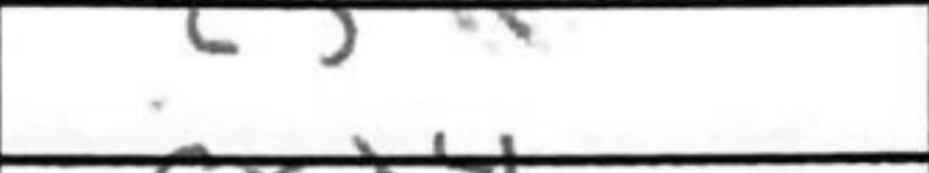
Transcription: c5